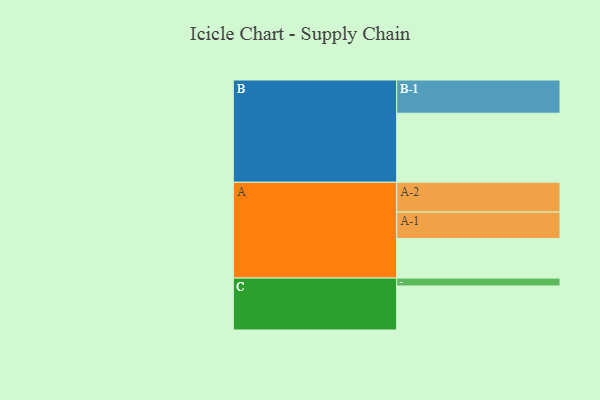
{"axis": {"x": "Segment", "y": "Value"}, "legend": ["", "A", "B", "C"], "data": [{"x": "A", "y": 300, "type": ""}, {"x": "B", "y": 524, "type": ""}, {"x": "C", "y": 334, "type": ""}, {"x": "A-1", "y": 201, "type": "A"}, {"x": "A-2", "y": 226, "type": "A"}, {"x": "B-1", "y": 252, "type": "B"}, {"x": "C-1", "y": 60, "type": "C"}]}